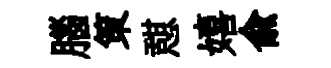
腦策憇嬉俞